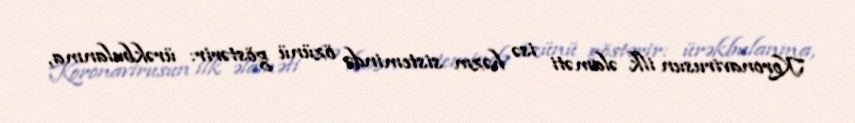
Koronavirusun ilk əlaməti isə həzm sistemində özünü göstərir: ürəkbulanma,